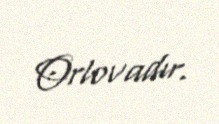
Orlovadır.